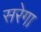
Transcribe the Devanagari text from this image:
सरेगा